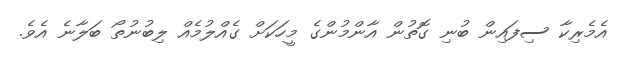
އެމެރިކާ ސިފައިން ބުނި ގޮތުން އާންމުންގެ މީހަކަށް ގެއްލުމެއް ލިބުނުތޯ ބަލާނެ އެވެ.